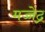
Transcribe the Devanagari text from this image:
मच्चेंद्र